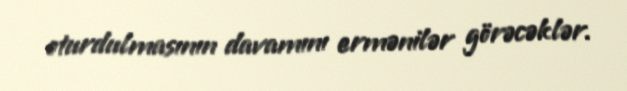
oturdulmasının davamını ermənilər görəcəklər.